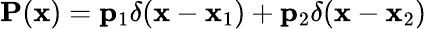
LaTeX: \mathbf{P}(\mathbf{x})=\mathbf{p}_{1}\delta(\mathbf{x}-\mathbf{x}_{1})+\mathbf{p}_{2}\delta(\mathbf{x}-\mathbf{x}_{2})